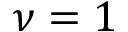
\nu = 1